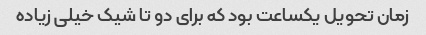
زمان تحویل یکساعت بود که برای دو تا شیک خیلی زیاده